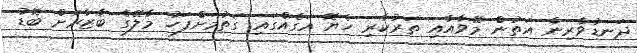
ދަނޑުވެރިން އަތުން މޭވާއާއި ތަރުކާރި ހެޔޮ އަގެއްގައި ގަތުމަށްފަހު މާލޭގެ ބާޒާރަށް ބޮޑު